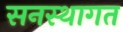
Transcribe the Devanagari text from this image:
सनस्थागत